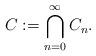
LaTeX: \begin{align*} C:= \bigcap_{n=0}^{\infty} C_{n}. \end{align*}